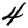
Digit: 4